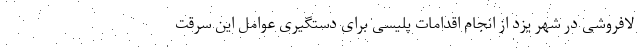
لافروشی در شهر یزد از انجام اقدامات پلیسی برای دستگیری عوامل این سرقت